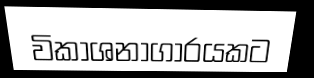
විකාශනාගාරයකට